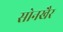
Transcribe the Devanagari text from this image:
सोनखैर